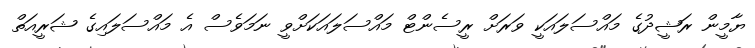
ޔާމީން ރަޝީދުގެ މައްސަލައަކީ ވަރަށް ރީސެންޓް މައްސަލައަކަށްވީ ނަމަވެސް އެ މައްސަލައިގެ ޝަރީއަތް